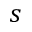
s